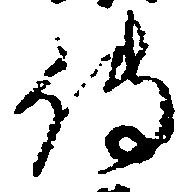
伝